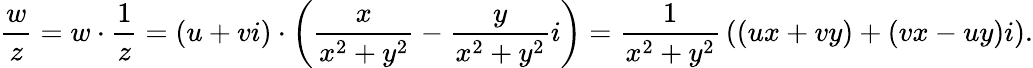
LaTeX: {\frac{w}{z}}=w\cdot{\frac{1}{z}}=(u+vi)\cdot\left({\frac{x}{x^{2}+y^{2}}}-{\frac{y}{x^{2}+y^{2}}}i\right)={\frac{1}{x^{2}+y^{2}}}\left((ux+vy)+(vx-uy)i\right).